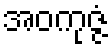
အဝကုဇ္ဇံ